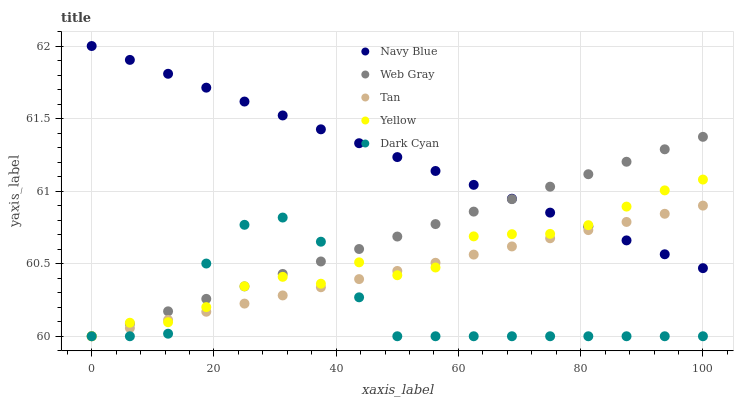
| xaxis_label | Navy Blue | Web Gray | Tan | Yellow | Dark Cyan |
 | --- | --- | --- | --- | --- | --- |
 | 0 | 62 | 60 | 60 | 60 | 60 |
 | 6.25 | 61.9 | 60.1 | 60.1 | 60.1 | 60 |
 | 12.5 | 61.8 | 60.2 | 60.1 | 60.1 | 60 |
 | 18.8 | 61.7 | 60.3 | 60.2 | 60.2 | 60.5 |
 | 25 | 61.6 | 60.3 | 60.2 | 60.3 | 60.8 |
 | 31.2 | 61.5 | 60.4 | 60.3 | 60.4 | 60.8 |
 | 37.5 | 61.4 | 60.5 | 60.3 | 60.4 | 60.7 |
 | 43.8 | 61.3 | 60.6 | 60.4 | 60.5 | 60.3 |
 | 50 | 61.2 | 60.7 | 60.5 | 60.4 | 60 |
 | 56.2 | 61.1 | 60.8 | 60.5 | 60.5 | 60 |
 | 62.5 | 61 | 60.9 | 60.6 | 60.7 | 60 |
 | 68.8 | 60.9 | 60.9 | 60.6 | 60.7 | 60 |
 | 75 | 60.9 | 61 | 60.7 | 60.7 | 60 |
 | 81.2 | 60.8 | 61.1 | 60.7 | 60.8 | 60 |
 | 87.5 | 60.7 | 61.2 | 60.8 | 60.9 | 60 |
 | 93.8 | 60.6 | 61.3 | 60.8 | 61 | 60 |
 | 100 | 60.5 | 61.4 | 60.9 | 61.1 | 60 |